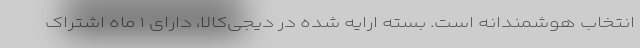
انتخاب هوشمندانه است. بسته ارایه شده در دیجی‌کالا، دارای ۱ ماه اشتراک